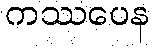
ကဿပေန